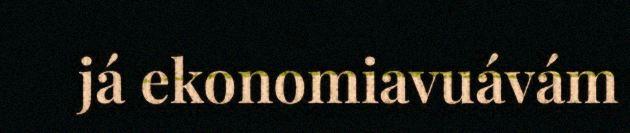
já ekonomiavuávám